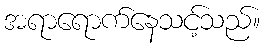
အရာရောက်နေသင့်သည်။